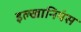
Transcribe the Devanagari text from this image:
इल्खानियंस